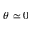
\theta \simeq 0